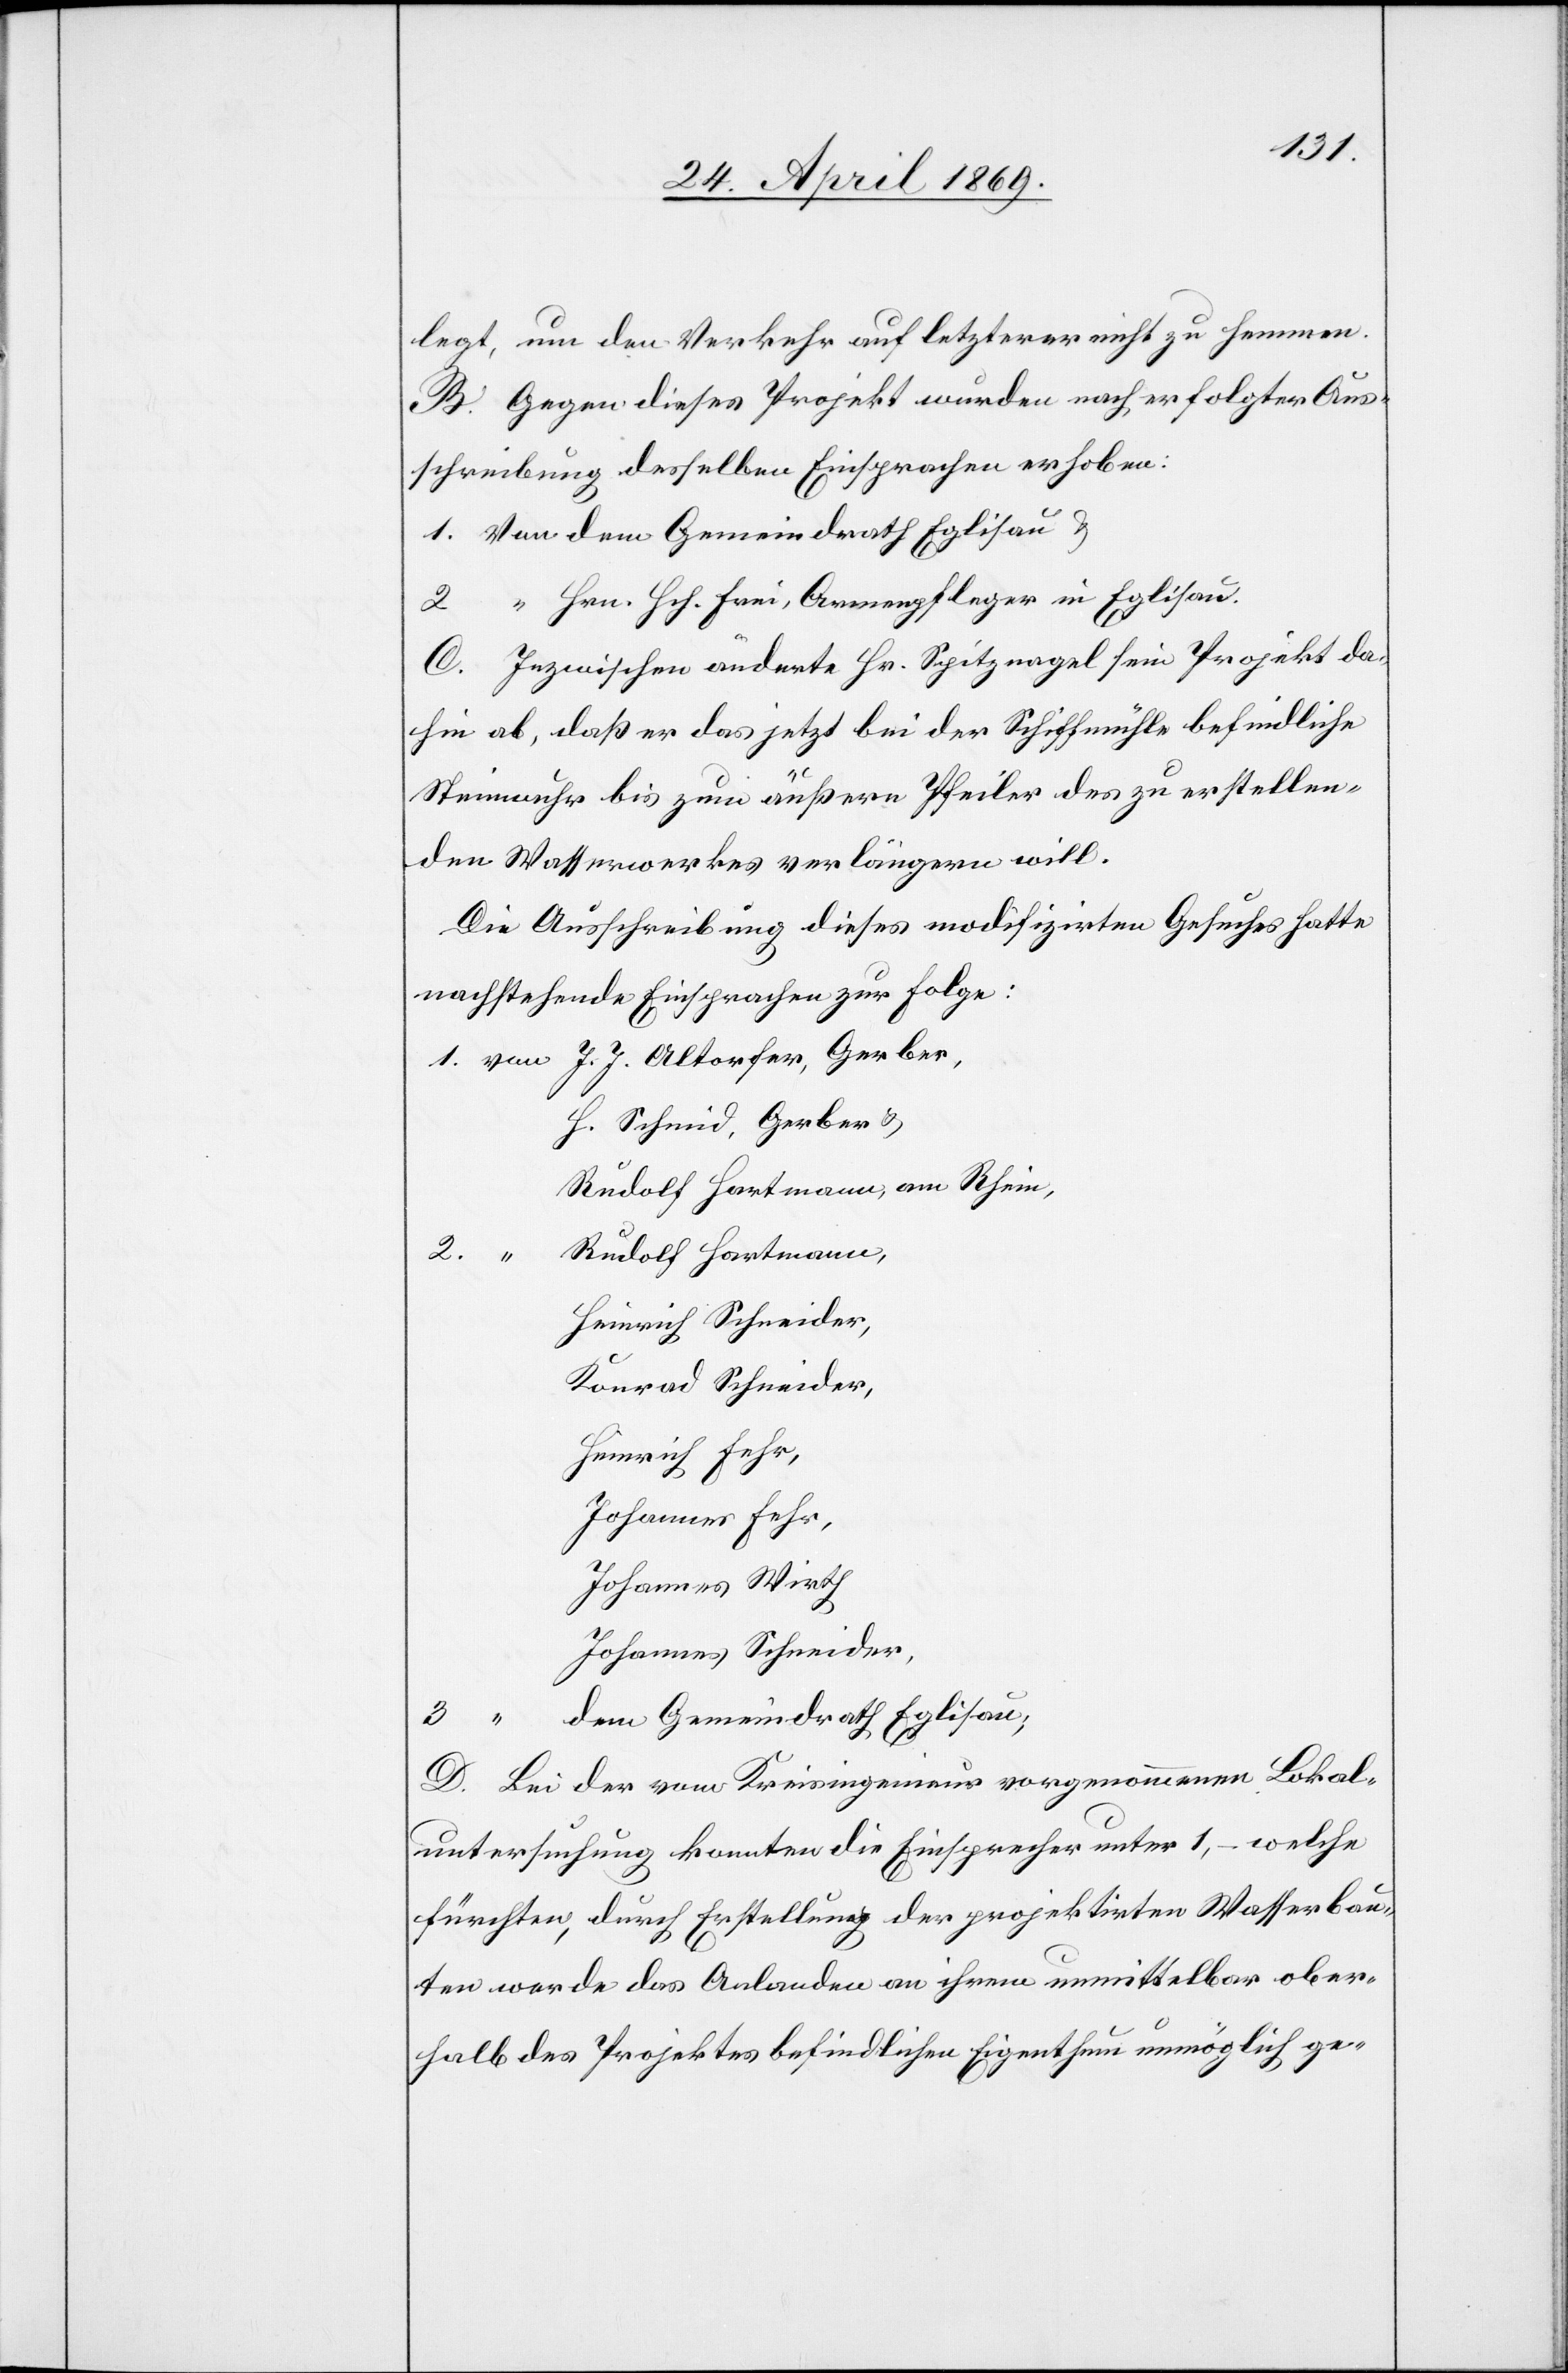
legt, um den Verkehr auf letzterer nicht zu hemmen.
B. Gegen dieses Projekt wurden nach erfolgter Aus¬
schreibung desselben Einsprachen erhoben:
1. Von dem Gemeindrath Eglisau u.
2. “ Hrn. Hch. Frei, Armenpfleger in Eglisau.
C. Inzwischen änderte Hr. Spitznagel sein Projekt da¬
hin ab, daß er das jetzt bei der Schiffmühle befindliche
Steinwuhr bis zum äußeren Pfeiler des zu erstellen¬
den Wasserwerkes verlängern will.
Die Ausschreibung dieses modifizirten Gesuches hatte
nachstehende Einsprachen zur Folge:
1. von J. J. Altorfer, Gerber,
H. Schmid, Gerber u.
Rudolf Hartmann, am Rhein,
Rudolf Hartmann,
Heinrich Schneider,
Konrad Schneider,
Heinrich Fehr,
Johannes Fehr,
Johannes Wirth
Johannes Schneider,
3. [von] dem Gemeindrath Eglisau.
D. Bei der vom Kreisingenieur vorgenommenen Lokal¬
untersuchung konnten die Einsprachen unter 1, – welche
fürchten, durch Erstellung der projektirten Wasserbau¬
ten werde das Anlanden an ihrem unmittelbar ober¬
halb des Projektes befindlichen Eigenthum unmöglich ge-